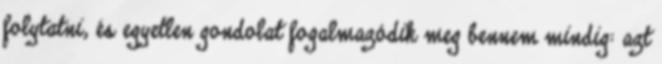
folytatni, és egyetlen gondolat fogalmazódik meg bennem mindig: azt